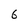
Character: 6